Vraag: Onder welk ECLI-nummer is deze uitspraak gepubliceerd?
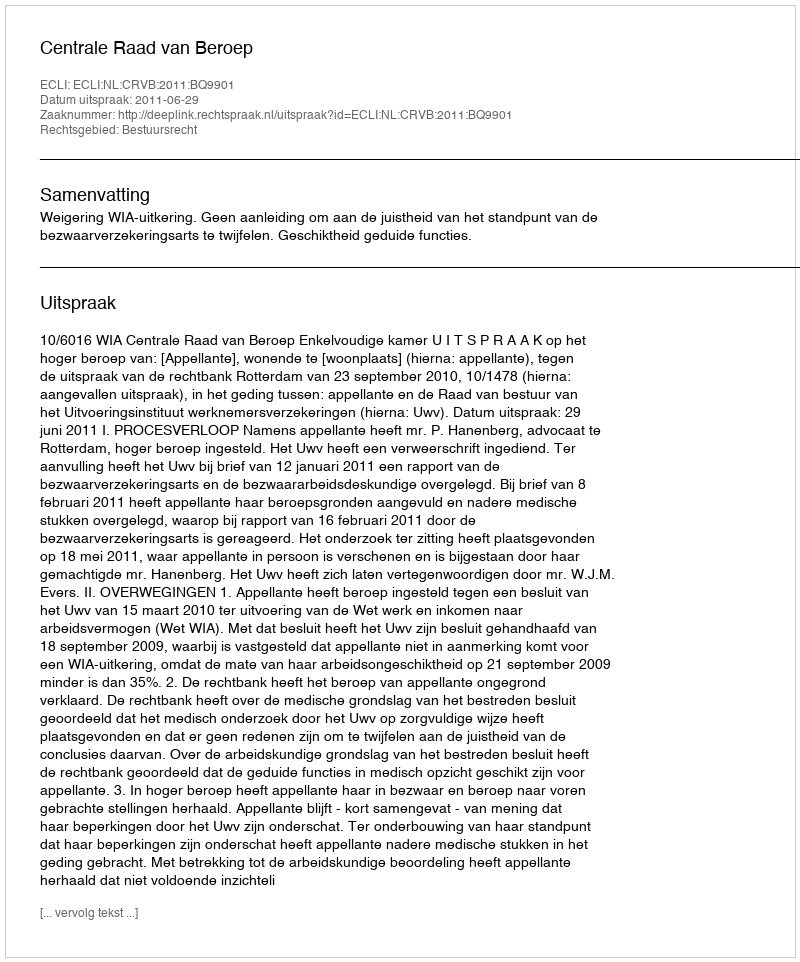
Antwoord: ECLI:NL:CRVB:2011:BQ9901